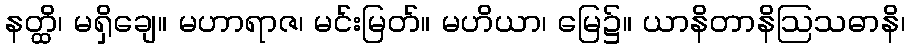
နတ္ထိ၊ မရှိချေ။ မဟာရာဇ၊ မင်းမြတ်။ မဟိယာ၊ မြေ၌။ ယာနိတာနိဩသဓာနိ၊